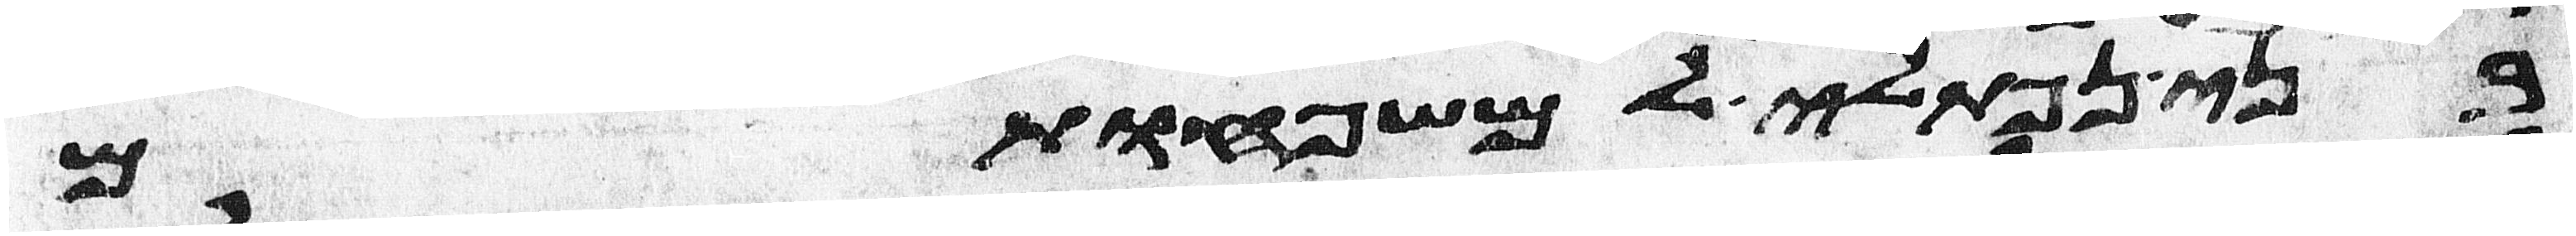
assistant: בני נפתלי למשפחותם